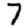
Digit: 7